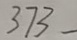
= 3 7 3 -